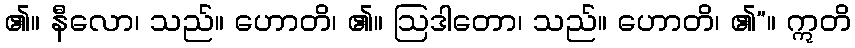
၏။ နီလော၊ သည်။ ဟောတိ၊ ၏။ ဩဒါတော၊ သည်။ ဟောတိ၊ ၏”။ ဣတိ